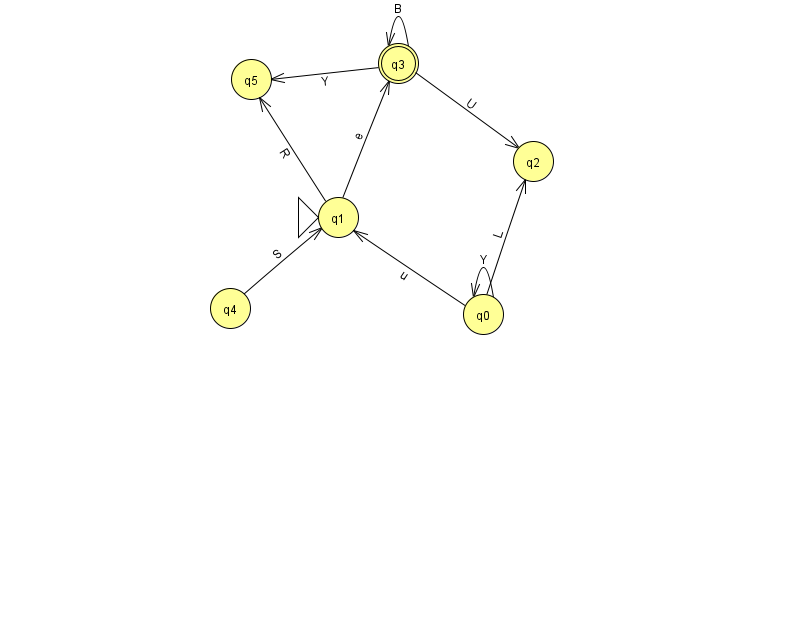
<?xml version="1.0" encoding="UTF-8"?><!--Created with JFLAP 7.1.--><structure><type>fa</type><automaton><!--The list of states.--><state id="0" name="q0"><x>483.0</x><y>301.0</y></state><state id="1" name="q1"><x>338.0</x><y>204.0</y><initial/></state><state id="2" name="q2"><x>533.0</x><y>148.0</y></state><state id="3" name="q3"><x>398.0</x><y>50.0</y><final/></state><state id="4" name="q4"><x>230.0</x><y>295.0</y></state><state id="5" name="q5"><x>251.0</x><y>66.0</y></state><!--The list of transitions.--><transition><from>1</from><to>5</to><read>R</read></transition><transition><from>3</from><to>3</to><read>B</read></transition><transition><from>3</from><to>5</to><read>Y</read></transition><transition><from>0</from><to>2</to><read>L</read></transition><transition><from>0</from><to>0</to><read>Y</read></transition><transition><from>4</from><to>1</to><read>S</read></transition><transition><from>0</from><to>1</to><read>u</read></transition><transition><from>3</from><to>2</to><read>U</read></transition><transition><from>1</from><to>3</to><read>e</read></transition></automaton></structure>